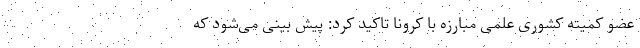
عضو کمیته کشوری علمی مبارزه با کرونا تاکید کرد: پیش بینی می‌شود که